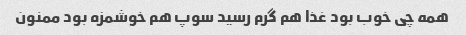
همه چی خوب بود غذا هم گرم رسید سوپ هم خوشمزه بود ممنون